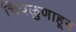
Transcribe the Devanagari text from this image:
चिपळुणाहून